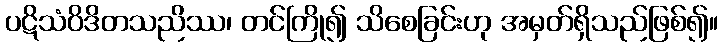
ပဋိသံဝိဒိတသညိဿ၊ တင်ကြို၍ သိစေခြင်းဟု အမှတ်ရှိသည်ဖြစ်၍။